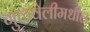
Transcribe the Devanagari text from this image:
गुळवेलीमधील